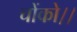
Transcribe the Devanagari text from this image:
चोंको।।